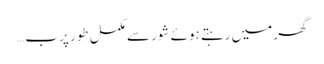
گھر میں رہتے ہوئے شور سے مکمل طور پر ب…